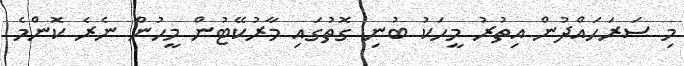
މި ސަރަހައްދުން އިތުރު މީހަކު ބުނި ގޮތުގައި މާރުކޭޓުން މީހުން ނެރެ ކޮންމެ